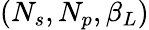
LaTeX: (N_{s},N_{p},\beta_{L})